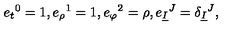
e _ { t } { } ^ { 0 } = 1 , e _ { \rho } { } ^ { 1 } = 1 , e _ { \varphi } { } ^ { 2 } = \rho , e _ { \underline { { I } } } { } ^ { J } = \delta _ { \underline { { I } } } { } ^ { J } ,